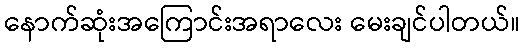
နောက်ဆုံးအကြောင်းအရာလေး မေးချင်ပါတယ်။